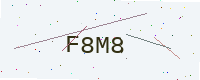
Text: F8M8